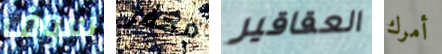
سوف محفز العقاقير أمرك